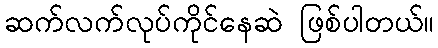
ဆက်လက်လုပ်ကိုင်နေဆဲ ဖြစ်ပါတယ်။